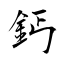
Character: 鈣